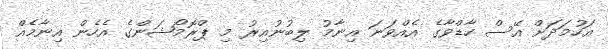
އަހުމަދަށް އޭސް ހާޑްވާގެ އެއްވަނަ އިނާމު ލިބުނުއިރު މި ޕްރޮމޯޝަންގެ އެހެން އިނާމެއް